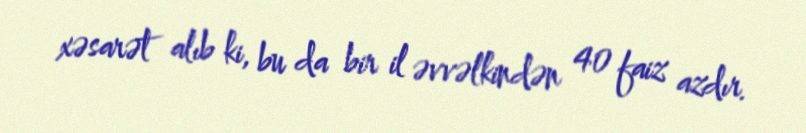
xəsarət alıb ki, bu da bir il əvvəlkindən 40 faiz azdır.